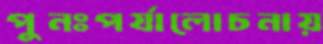
পুনঃপর্যালোচনায়